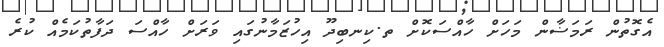
އެގޮތުން ރަމަޟާން މަހަށް ހާއްސަކޮށް ތ.ކިނބިދޫ އިހުޒަމާނުގައި ވަރަށް ހާއްސަ ދަފާތުކަމެއް ކުރެ